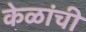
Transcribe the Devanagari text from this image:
केळांची